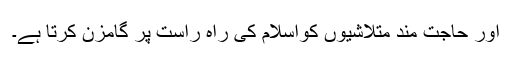
اور حاجت مند متلاشیوں کواسلام کی راہ راست پر گامزن کرتا ہے۔